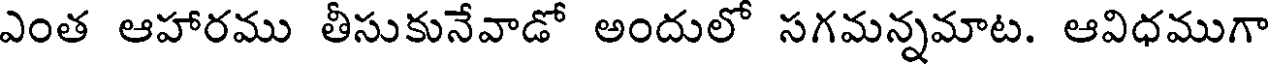
ఎంత ఆహారము తీసుకునేవాడో అందులో సగమన్నమాట. ఆవిధముగా